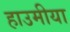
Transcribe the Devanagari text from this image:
हाउमीया